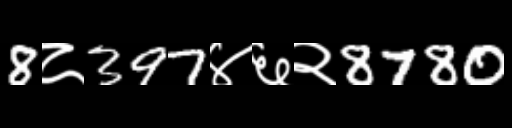
Text: 8८397४६२8780